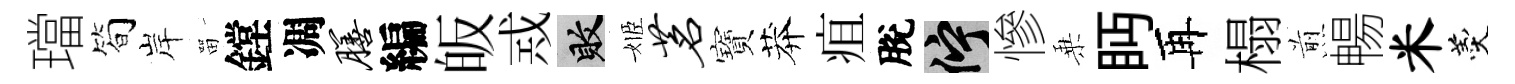
璫简岸㽞鏜凋膳編皈𢦶敗姬茗寶莽疽脫伫慘乗眄再榻煎暢米羹